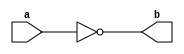
module NotGate(a,b) ;

output b ;
input a ;

nand(b,a,a) ;

endmodule 

module AndGate(a,b,c) ;

output c ;
input a,b ;
wire x ;

nand(x,a,b) ;
nand(c,x,x) ; 

endmodule 

module OrGate(a,b,c) ;

output c ;
input a,b ;
wire x,y ;

nand(x,a,a) ;
nand(y,b,b) ;
nand(c,x,y) ;

endmodule 

module Mux2x1(a,b,s,c) ;

output c ;
input a,b,s ;
wire x,y,z ;

NotGate NG_1(s,z );
AndGate AG_1(a,z,x) ;
AndGate AG_2(b,s,y) ;
OrGate OG_1(x,y,c) ;

endmodule 

module DLatch(d,c,q,q_) ;

output q,q_ ;
input d,c ;
wire c_,s,r,x,y ;

AndGate S(d,d,s) ;
NotGate R(d,r) ;
nand(x,c,s) ;
nand(y,c,r) ;
nand(q,q_,x) ;
nand(q_,q,y) ;

endmodule 

module DFlipFlopRE(d,c,q,q_) ;

output q,q_ ;
input d,c ;
wire c_,Q,Q_ ;

NotGate C_(c,c_) ;

DLatch D1(d,c_,Q,Q_) ;
DLatch D2(Q,c,q,q_) ;

endmodule 

module DFlipFlopRESReset(d,c,q,q_,re) ;

output q,q_ ;
input d,c,re ;
wire re_,d_ ;

NotGate Re(re,re_) ;
AndGate A(d,re_,d_) ;
DFlipFlopRE Df(d_,c,q,q_) ;

endmodule